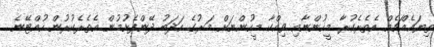
ތިޔައެއްޗެއް އެތެރެކުރާ މީހުންނާއި ވިއްކާ މީހުންނަށް މަރުގެ އަދަބު ދޭންފެށުމުން އެތެރެކުރުން ހުއްޓޭނެ.